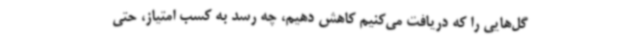
گل‌هایی را که دریافت می‌کنیم کاهش دهیم، چه رسد به کسب امتیاز، حتی